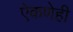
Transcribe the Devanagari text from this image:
ऐकणेही